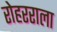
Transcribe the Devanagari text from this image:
रोहरराला